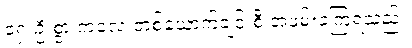
ရှေးဦးစွာ ကလေးတစ်ယောက်ချင်းစီ အဖမ်းခံကြရသည်။